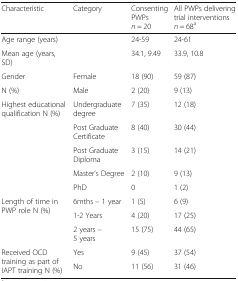
<table><thead><tr><td><b>Characteristic</b></td><td><b>Category</b></td><td><b>Consenting PWPs <i>n</i> = 20</b></td><td><b>All PWPs delivering trial interventions <i>n</i> = 68<sup>a</sup></b></td></tr></thead><tbody><tr><td>Age range (years)</td><td></td><td>24-59</td><td>24-61</td></tr><tr><td>Mean age (years, SD)</td><td></td><td>34.1, 9.49</td><td>33.9, 10.8</td></tr><tr><td>Gender</td><td>Female</td><td>18 (90)</td><td>59 (87)</td></tr><tr><td>N (%)</td><td>Male</td><td>2 (20)</td><td>9 (13)</td></tr><tr><td rowspan="5">Highest educational qualification N (%)</td><td>Undergraduate degree</td><td>7 (35)</td><td>12 (18)</td></tr><tr><td>Post Graduate Certificate</td><td>8 (40)</td><td>30 (44)</td></tr><tr><td>Post Graduate Diploma</td><td>3 (15)</td><td>14 (21)</td></tr><tr><td>Master’s Degree</td><td>2 (10)</td><td>9 (13)</td></tr><tr><td>PhD</td><td>0</td><td>1 (2)</td></tr><tr><td rowspan="3">Length of time in PWP role N (%)</td><td>6mths – 1 year</td><td>1 (5)</td><td>6 (9)</td></tr><tr><td>1-2 Years</td><td>4 (20)</td><td>17 (25)</td></tr><tr><td>2 years – 5 years</td><td>15 (75)</td><td>44 (65)</td></tr><tr><td rowspan="2">Received OCD training as part of IAPT training N (%)</td><td>Yes</td><td>9 (45)</td><td>37 (54)</td></tr><tr><td>No</td><td>11 (56)</td><td>31 (46)</td></tr></tbody></table>